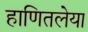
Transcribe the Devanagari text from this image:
हाणितलेया